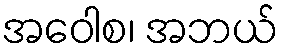
အဝေါစ၊ အဘယ်